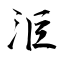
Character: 洰